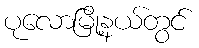
ပုလောမြို့နယ်တွင်